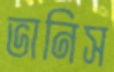
ভানিস